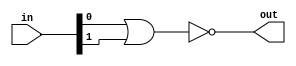

// test_simulation_nor_1_test.v
module f1_test(input [1:0] in, output out);
assign out = ~(in[0] | in[1]);
endmodule

// test_simulation_nor_2_test.v
module f2_test(input [2:0] in, output out);
assign out = ~(in[0] | in[1] | in[2]);
endmodule

// test_simulation_nor_3_test.v
module f3_test(input [3:0] in, output out);
assign out = ~(in[0] | in[1] | in[2] | in[3]);
endmodule

// test_simulation_nor_4_test.v
module f4_test(input [3:0] in, output out);
nor mynor(out, in[0], in[1], in[2], in[3]);
endmodule